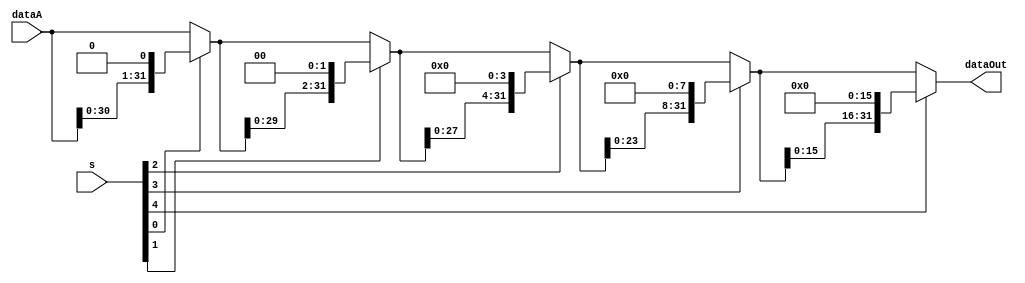

module SLL( dataOut, dataA, s ) ;
input [31:0] dataA ;
input [4:0] s ;      //  the low five of dataB
output [31:0] dataOut ;

wire [31:0] temp1, temp2, temp3, temp4;
assign temp1 = ( s[0] == 1'b1 )? { dataA[30:0], 1'b0 } : dataA ;
assign temp2 = ( s[1] == 1'b1 )? { temp1[29:0], 2'b00 } : temp1 ;
assign temp3 = ( s[2] == 1'b1 )? { temp2[27:0], 4'b0000 } : temp2 ;
assign temp4 = ( s[3] == 1'b1 )? { temp3[23:0], 8'b00000000 } : temp3 ;
assign dataOut = ( s[4] == 1'b1 )? { temp4[15:0], 16'b0000000000000000 } : temp4 ;

endmodule